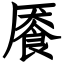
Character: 餍